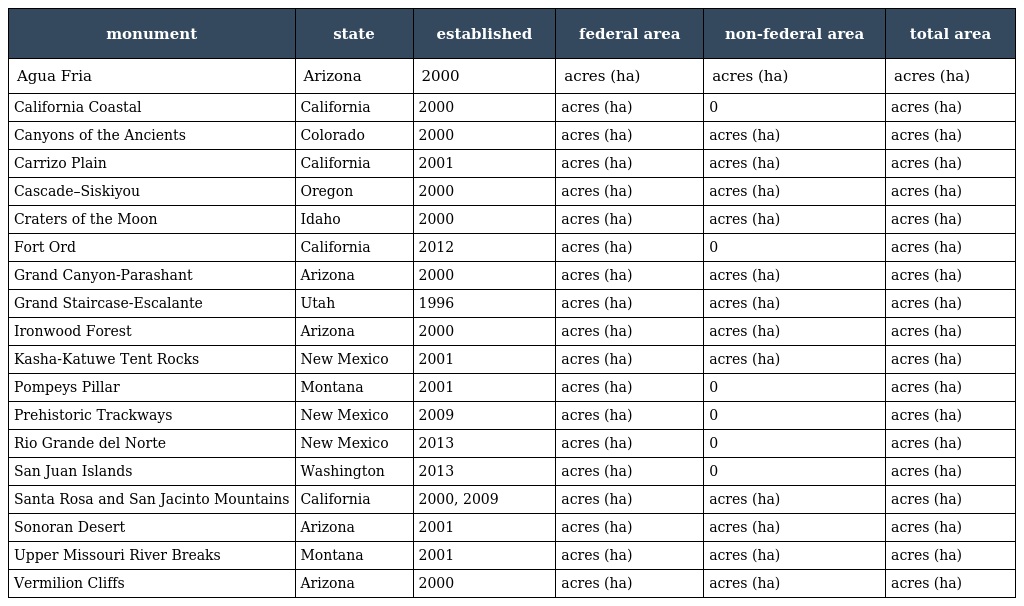
| monument | state | established | federal area | non-federal area | total area |
 | --- | --- | --- | --- | --- | --- |
 | Agua Fria | Arizona | 2000 | acres (ha) | acres (ha) | acres (ha) |
 | California Coastal | California | 2000 | acres (ha) | 0 | acres (ha) |
 | Canyons of the Ancients | Colorado | 2000 | acres (ha) | acres (ha) | acres (ha) |
 | Carrizo Plain | California | 2001 | acres (ha) | acres (ha) | acres (ha) |
 | Cascade–Siskiyou | Oregon | 2000 | acres (ha) | acres (ha) | acres (ha) |
 | Craters of the Moon | Idaho | 2000 | acres (ha) | acres (ha) | acres (ha) |
 | Fort Ord | California | 2012 | acres (ha) | 0 | acres (ha) |
 | Grand Canyon-Parashant | Arizona | 2000 | acres (ha) | acres (ha) | acres (ha) |
 | Grand Staircase-Escalante | Utah | 1996 | acres (ha) | acres (ha) | acres (ha) |
 | Ironwood Forest | Arizona | 2000 | acres (ha) | acres (ha) | acres (ha) |
 | Kasha-Katuwe Tent Rocks | New Mexico | 2001 | acres (ha) | acres (ha) | acres (ha) |
 | Pompeys Pillar | Montana | 2001 | acres (ha) | 0 | acres (ha) |
 | Prehistoric Trackways | New Mexico | 2009 | acres (ha) | 0 | acres (ha) |
 | Rio Grande del Norte | New Mexico | 2013 | acres (ha) | 0 | acres (ha) |
 | San Juan Islands | Washington | 2013 | acres (ha) | 0 | acres (ha) |
 | Santa Rosa and San Jacinto Mountains | California | 2000, 2009 | acres (ha) | acres (ha) | acres (ha) |
 | Sonoran Desert | Arizona | 2001 | acres (ha) | acres (ha) | acres (ha) |
 | Upper Missouri River Breaks | Montana | 2001 | acres (ha) | acres (ha) | acres (ha) |
 | Vermilion Cliffs | Arizona | 2000 | acres (ha) | acres (ha) | acres (ha) |